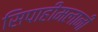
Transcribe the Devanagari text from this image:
सिपाहीमलानी